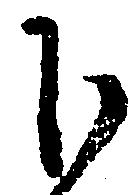
下